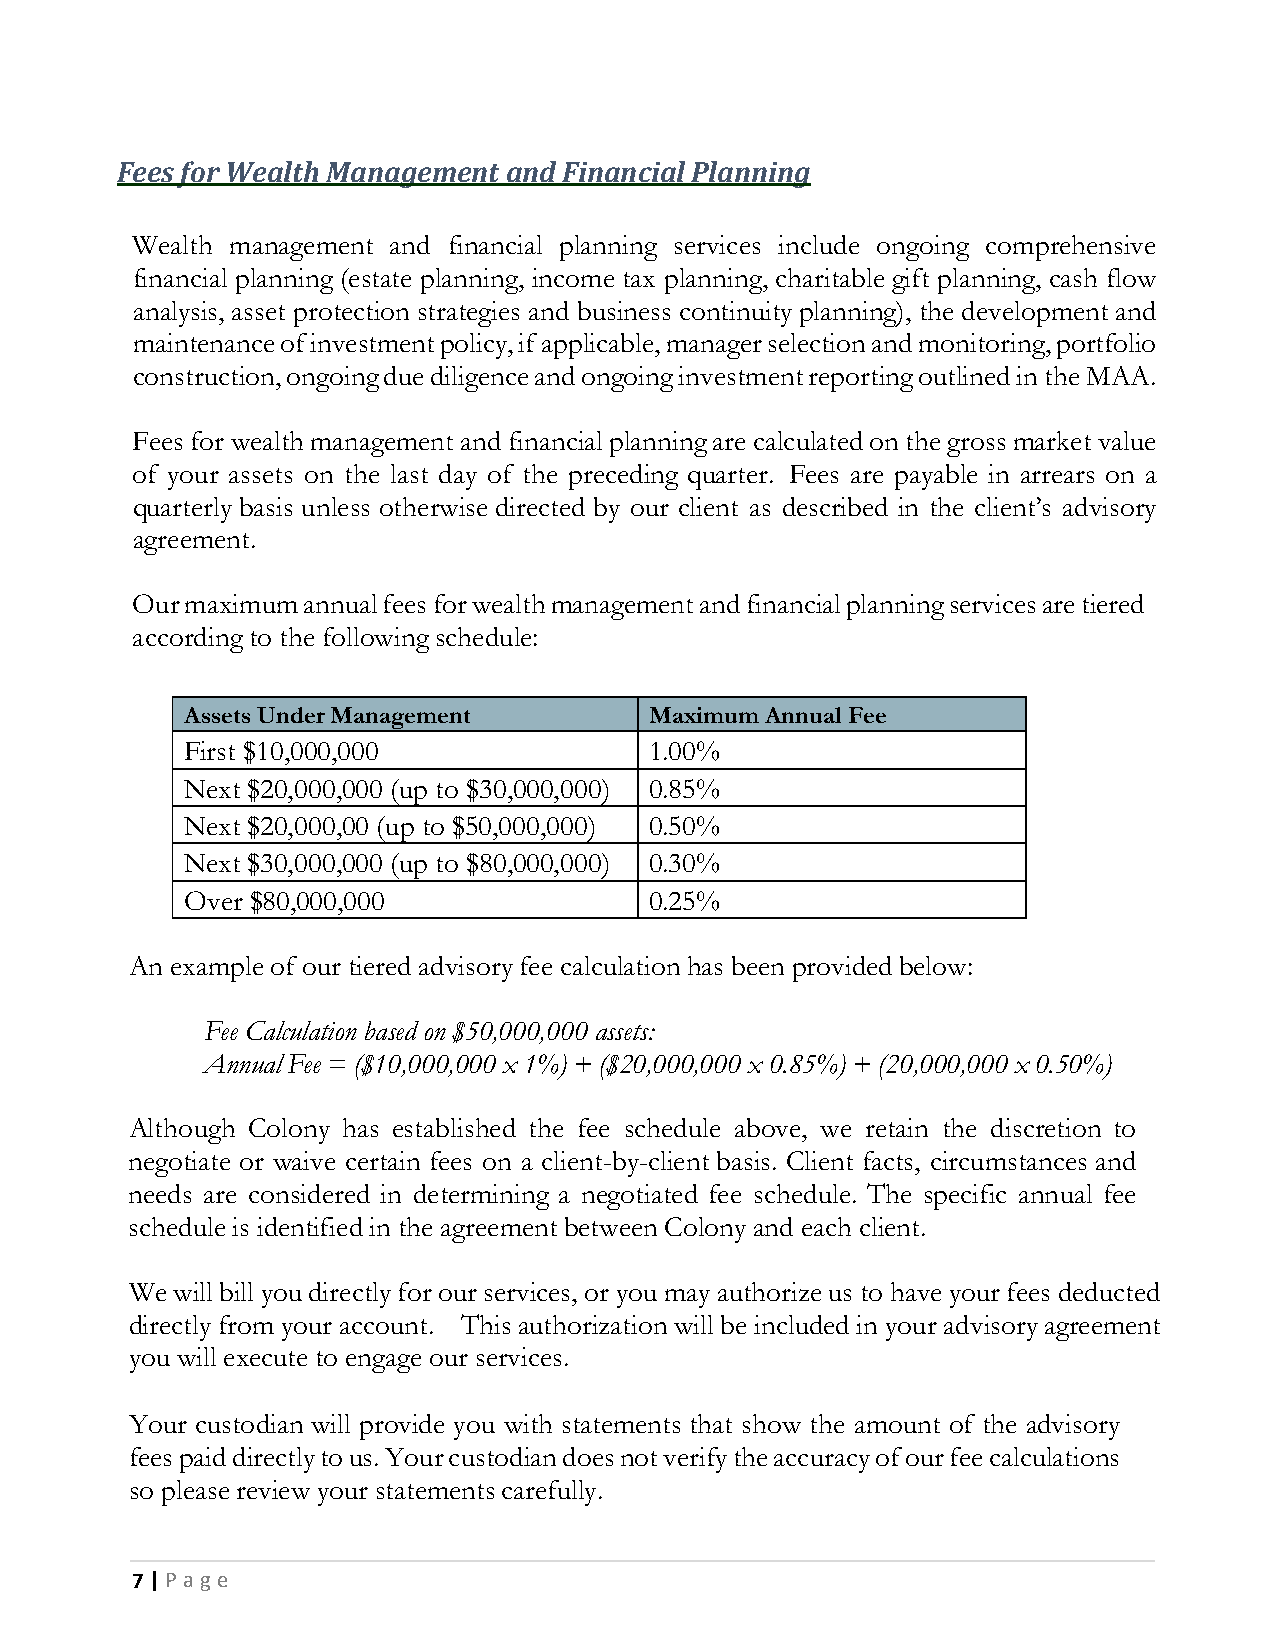
Fees for Wealth Management and Financial Planning
 Wealth management and financial planning services include ongoing comprehensive
 financial planning (estate planning, income tax planning, charitable gift planning, cash flow
 analysis, asset protection strategies and business continuity planning), the development and
 maintenance of investment policy, if applicable, manager selection and monitoring, portfolio
 construction, ongoing due diligence and ongoing investment reporting outlined in the MAA.
 Fees for wealth management and financial planning are calculated on the gross market value
 of your assets on the last day of the preceding quarter. Fees are payable in arrears on a
 quarterly basis unless otherwise directed by our client as described in the client’s advisory
 agreement.
 Our maximum annual fees for wealth management and financial planning services are tiered
 according to the following schedule:
 Assets Under Management        Maximum Annual Fee
 First $10,000,000              1.00%
 Next $20,000,000 (up to $30,000,000) 0.85%
 Next $20,000,00 (up to $50,000,000) 0.50%
 Next $30,000,000 (up to $80,000,000) 0.30%
 Over $80,000,000               0.25%
 An example of our tiered advisory fee calculation has been provided below:
 Fee Calculation based on $50,000,000 assets:
 Annual Fee = ($10,000,000 x 1%) + ($20,000,000 x 0.85%) + (20,000,000 x 0.50%)
 Although Colony has established the fee schedule above, we retain the discretion to
 negotiate or waive certain fees on a client-by-client basis. Client facts, circumstances and
 needs are considered in determining a negotiated fee schedule. The specific annual fee
 schedule is identified in the agreement between Colony and each client.
 We will bill you directly for our services, or you may authorize us to have your fees deducted
 directly from your account. This authorization will be included in your advisory agreement
 you will execute to engage our services.
 Your custodian will provide you with statements that show the amount of the advisory
 fees paid directly to us. Your custodian does not verify the accuracy of our fee calculations
 so please review your statements carefully.
 7 | P a g e